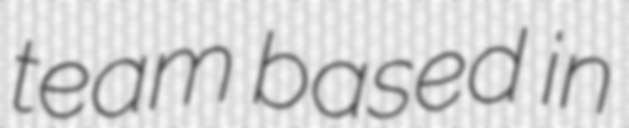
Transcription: team based in